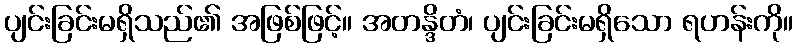
ပျင်းခြင်းမရှိသည်၏ အဖြစ်ဖြင့်။ အတန္ဒိတံ၊ ပျင်းခြင်းမရှိသော ရဟန်းကို။